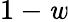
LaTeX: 1-\mathit{w}